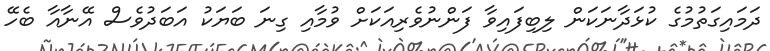
ދަމައިގަތުމުގެ ކުޅަދާނަކަން ލިބިފައިވާ ފަންނުވެރިއަކަށް ވުމާއި ގިނަ ބަޔަކު އަބަދުވެސް އޭނާއާ ބެހޭ